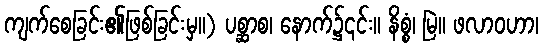
ကျက်စေခြင်း၏ဖြစ်ခြင်းမှ။) ပစ္ဆာစ၊ နောက်၌၎င်း။ နိစ္စံ၊ မြဲ။ ဖလာဝဟာ၊